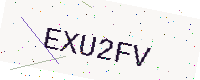
Text: EXU2FV